65_HS1-834228961_62-HQ-83894_Section_9
Agency: FBI
Page 152
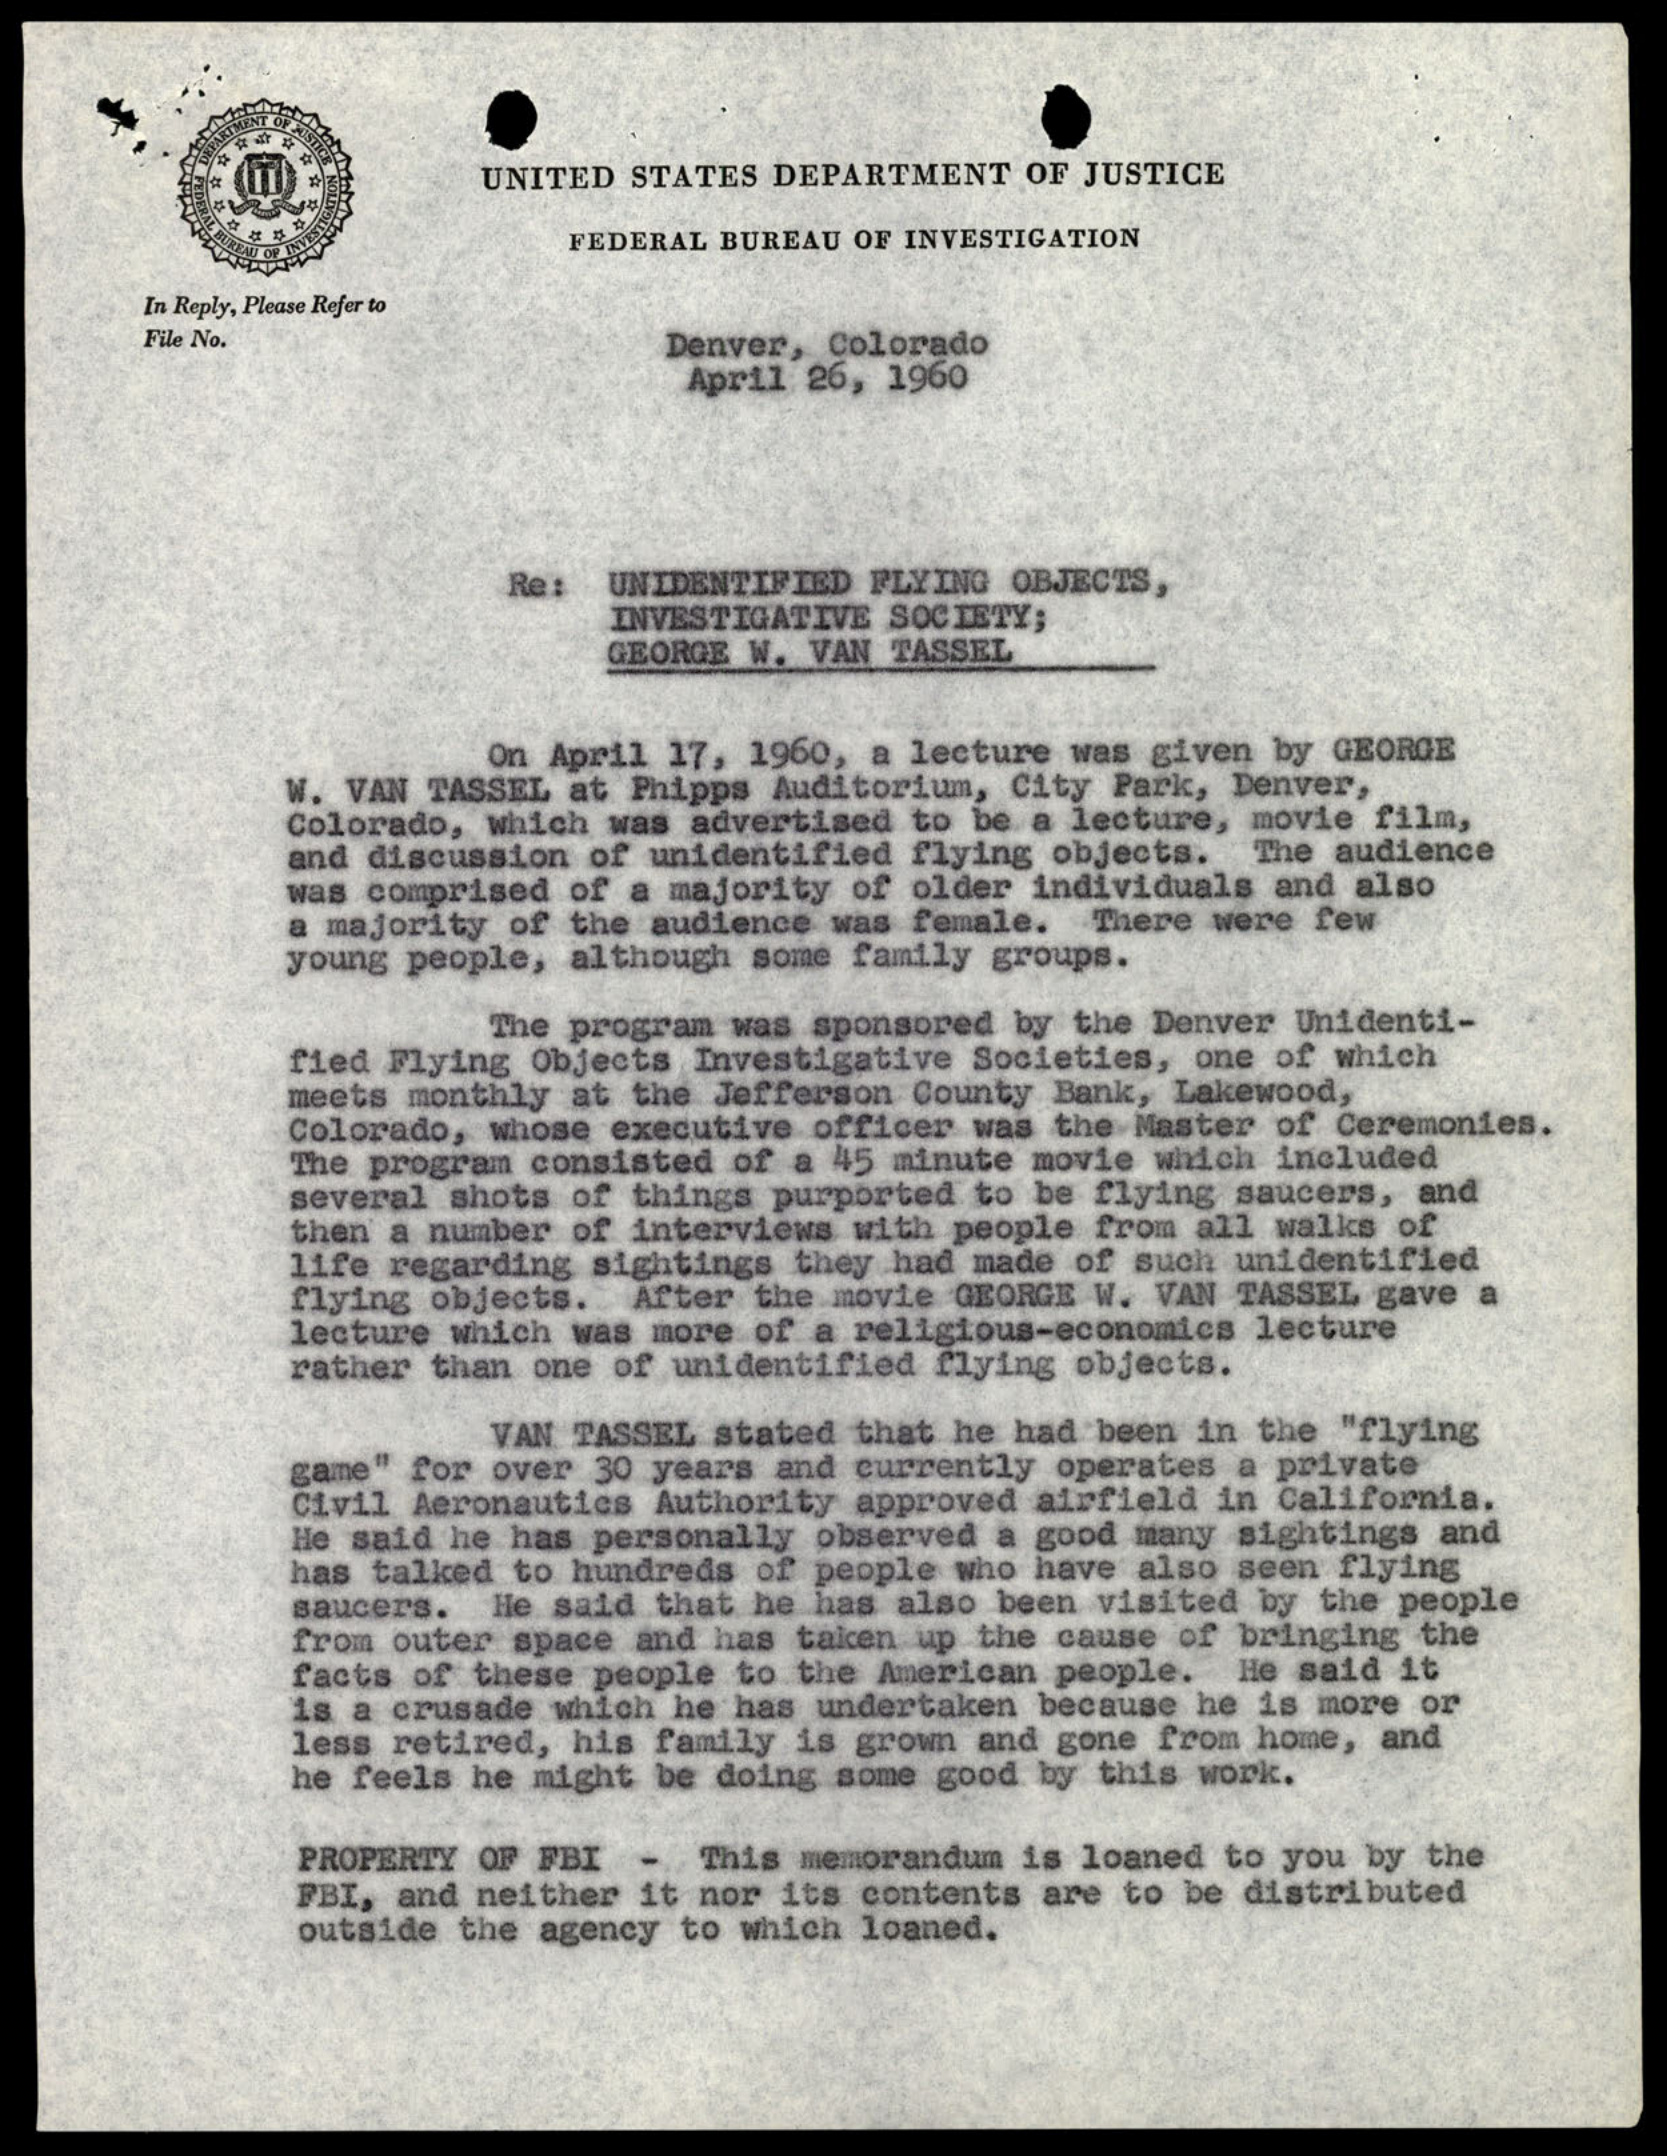